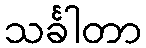
သင်္ခါတာ